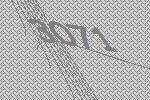
3071